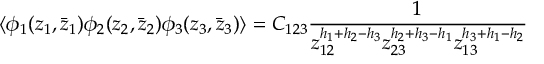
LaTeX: \langle \phi _ { 1 } ( z _ { 1 } , \bar { z } _ { 1 } ) \phi _ { 2 } ( z _ { 2 } , \bar { z } _ { 2 } ) \phi _ { 3 } ( z _ { 3 } , \bar { z } _ { 3 } ) \rangle = C _ { 1 2 3 } \frac { 1 } { z _ { 1 2 } ^ { h _ { 1 } + h _ { 2 } - h _ { 3 } } z _ { 2 3 } ^ { h _ { 2 } + h _ { 3 } - h _ { 1 } } z _ { 1 3 } ^ { h _ { 3 } + h _ { 1 } - h _ { 2 } } }